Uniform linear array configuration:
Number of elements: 4
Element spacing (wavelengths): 0.75
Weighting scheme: uniform
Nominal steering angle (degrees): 60
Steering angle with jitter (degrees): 58.608
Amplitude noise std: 0.05
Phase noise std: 0.05

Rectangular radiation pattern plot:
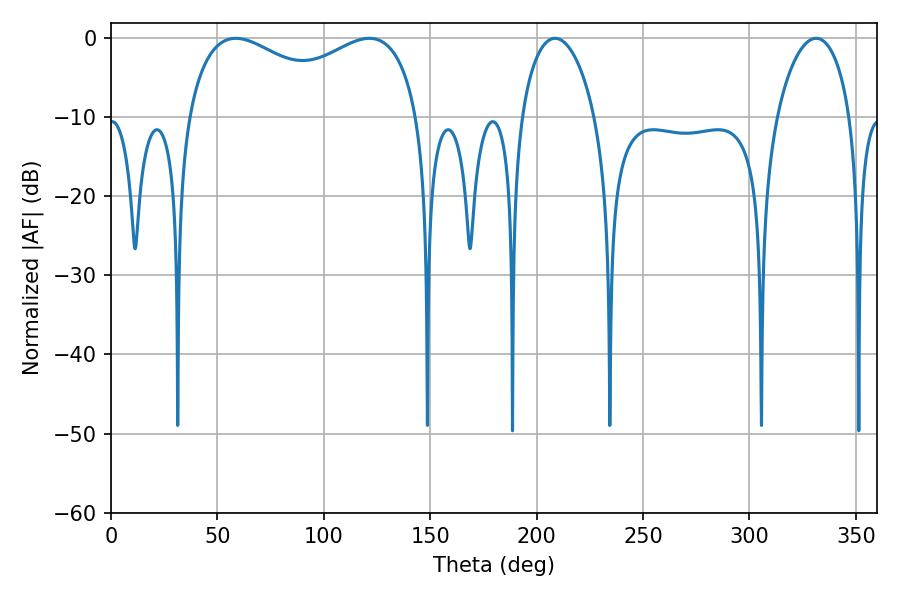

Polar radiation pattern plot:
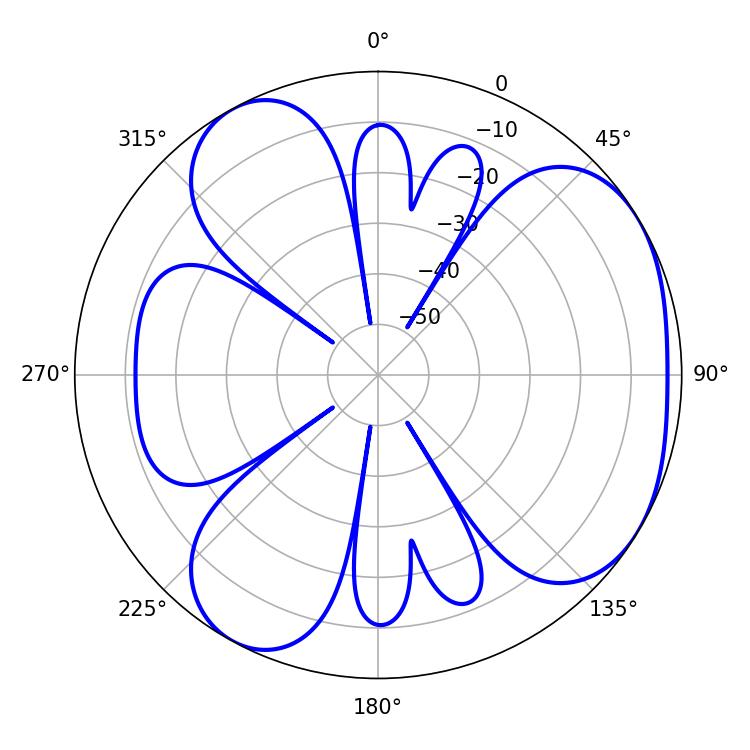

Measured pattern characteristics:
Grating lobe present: TRUE
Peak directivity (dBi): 4.386
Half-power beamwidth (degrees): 90.72
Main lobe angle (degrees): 58.68